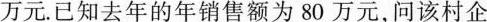
万元。已知去年的年销售额为80万元，问该村企